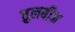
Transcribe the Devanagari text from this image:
तुलबीज